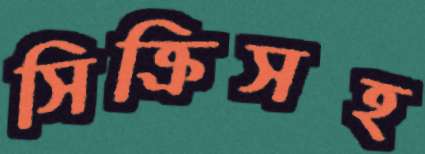
সিক্রিসহ